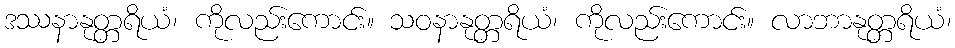
ဒဿနာနုတ္တရိယံ၊ ကိုလည်းကောင်း။ သဝနာနုတ္တရိယံ၊ ကိုလည်းကောင်း။ လာဘာနုတ္တရိယံ၊